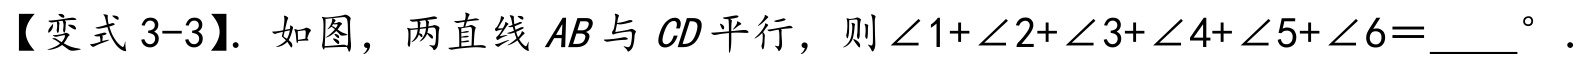
【变式 3-3】. 如图，两直线 \(AB\) 与 \(CD\) 平行，则 \(\angle 1+\angle 2+\angle 3+\angle 4+\angle 5+\angle 6 = \)_____ \(^{\circ}\).